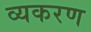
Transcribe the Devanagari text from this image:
व्यकरण